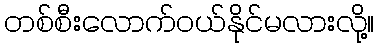
တစ်စီးလောက်ဝယ်နိုင်မလားလို့။